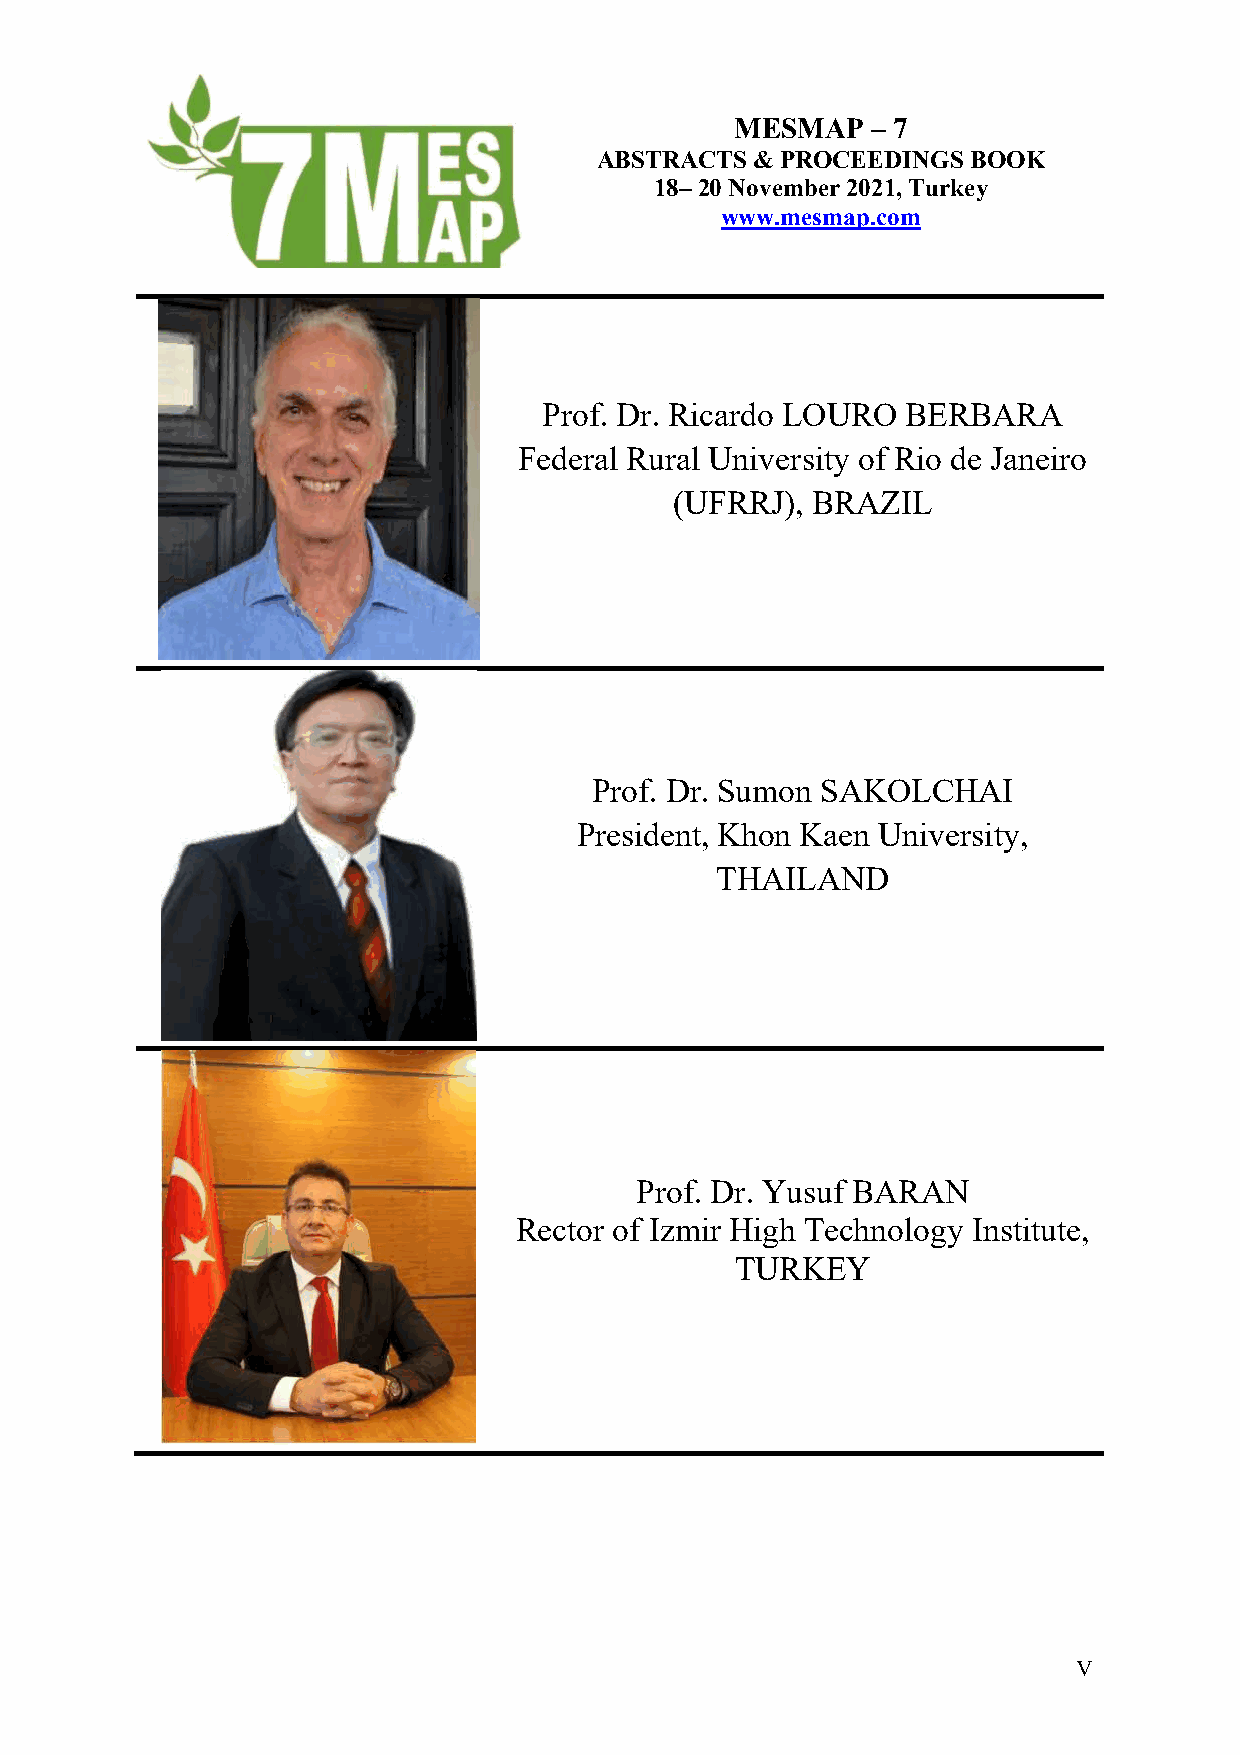
MESMAP   – 7
 ABSTRACTS & PROCEEDINGS BOOK
 18– 20 November 2021, Turkey
 www.mesmap.com
 Prof. Dr. Ricardo LOURO BERBARA
 Federal Rural University of Rio de Janeiro
 (UFRRJ), BRAZIL
 Prof. Dr. Sumon SAKOLCHAI
 President, Khon Kaen University,
 THAILAND
 Prof. Dr. Yusuf BARAN
 Rector of Izmir High Technology Institute,
 TURKEY
 V